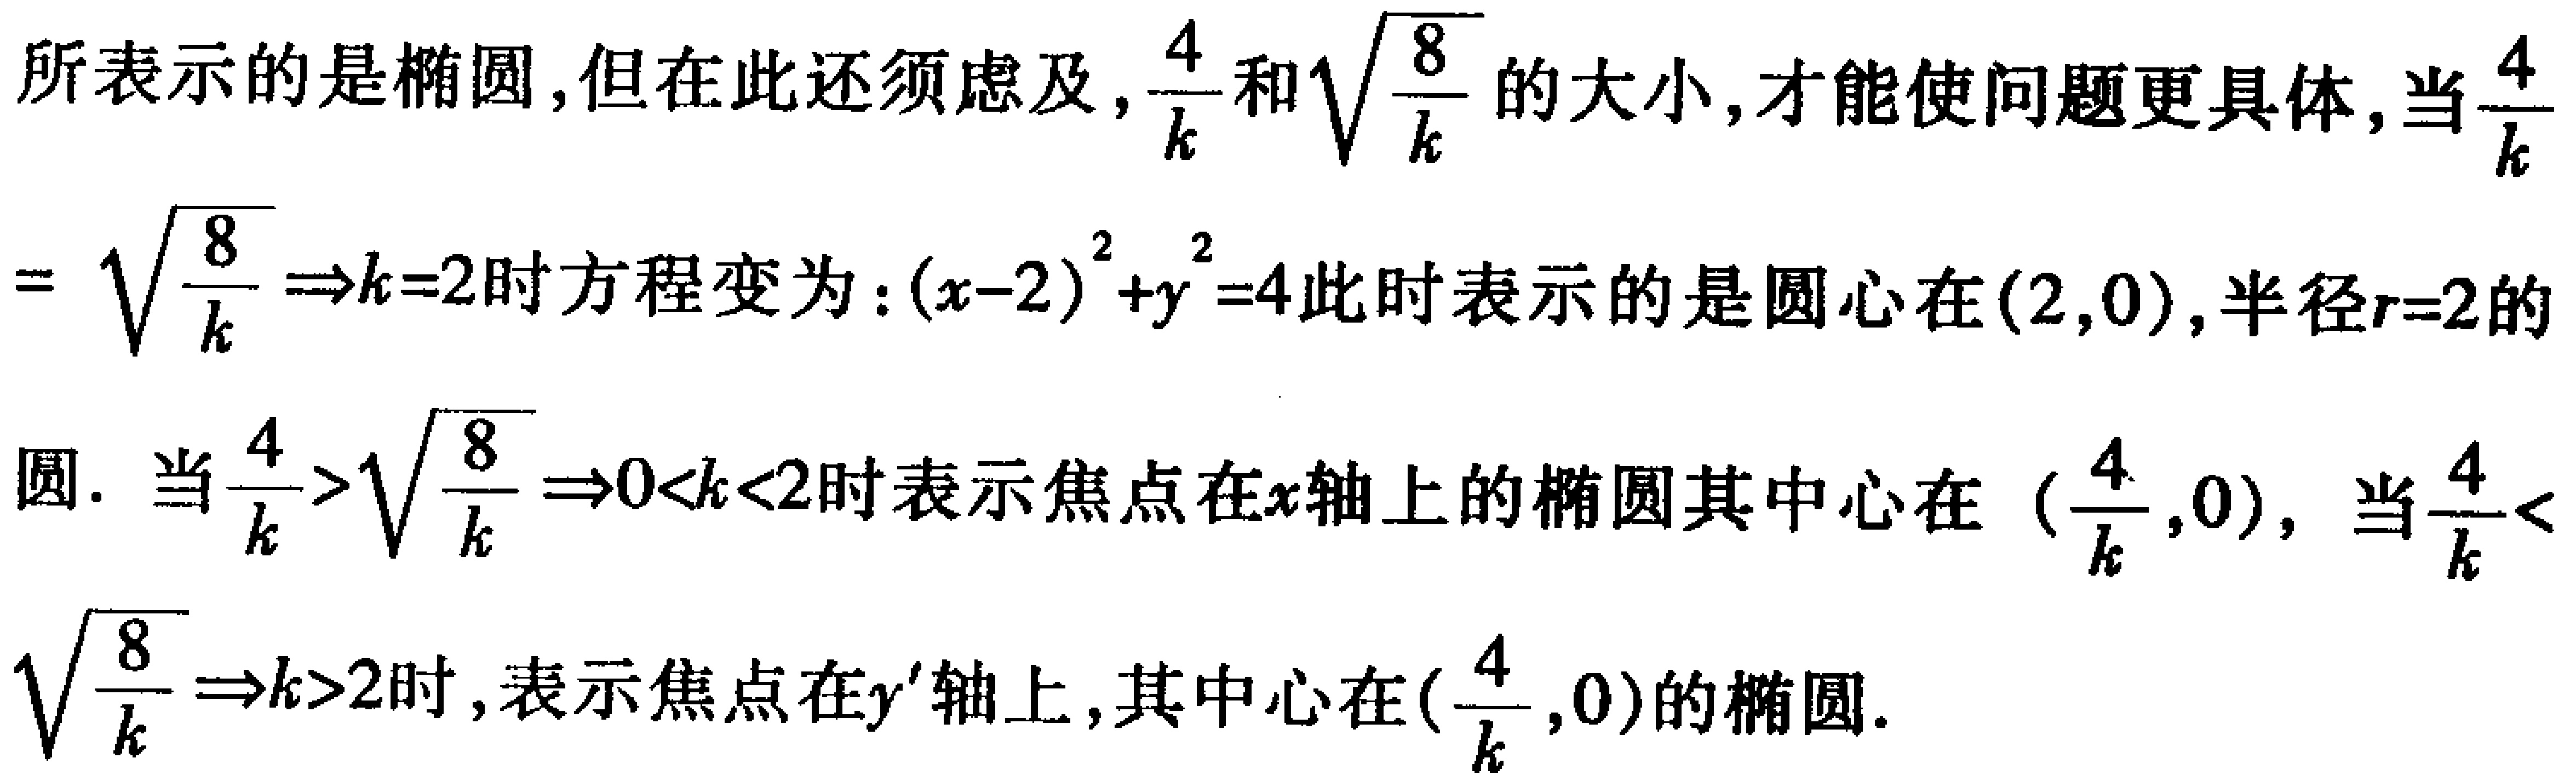
所表示的是椭圆,但在此还须虑及,$\frac{4}{k}$和$\sqrt{\frac{8}{k}}$的大小,才能使问题更具体,当$\frac{4}{k}$
$= \sqrt{\frac{8}{k}}\Rightarrow k = 2$时方程变为:$(x - 2)^2 + y^2 = 4$此时表示的是圆心在$(2,0)$,半径$r = 2$的
圆. 当$\frac{4}{k}>\sqrt{\frac{8}{k}}\Rightarrow 0<k<2$时表示焦点在$x$轴上的椭圆其中心在$(\frac{4}{k},0)$, 当$\frac{4}{k}<$
$\sqrt{\frac{8}{k}}\Rightarrow k>2$时,表示焦点在$y'$轴上,其中心在$(\frac{4}{k},0)$的椭圆.